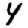
Digit: 4